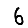
Digit: 6